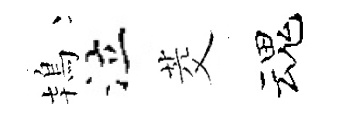
鴇泣茭魂